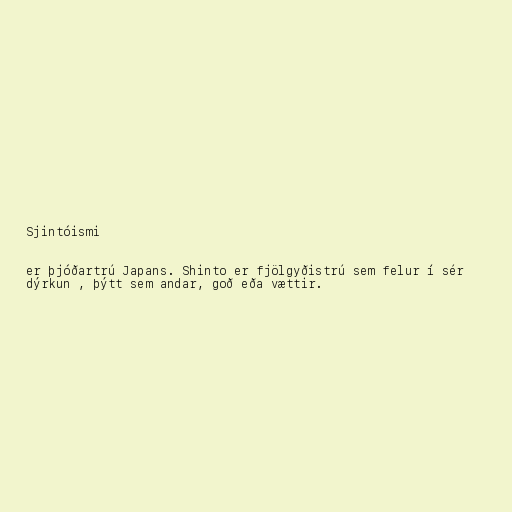
Sjintóismi

er þjóðartrú Japans. Shinto er fjölgyðistrú sem felur í sér
dýrkun , þýtt sem andar, goð eða vættir.